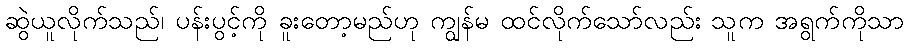
ဆွဲယူလိုက်သည်၊ ပန်းပွင့်ကို ခူးတော့မည်ဟု ကျွန်မ ထင်လိုက်သော်လည်း သူက အရွက်ကိုသာ